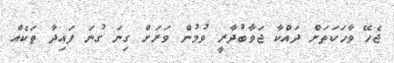
ޖެހޭ ވާހަކަތަށް ދައްކާ ޖަވާބުދާރީ ވުމުން ވަރަށް ގިނަ ގުނަ ފައިދާ ތަކެއް